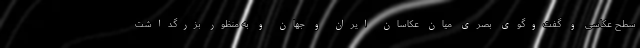
سطح عکاسی و گفت‌وگوی بصری میان عکاسان ایران و جهان و به منظور بزرگداشت